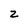
Character: z